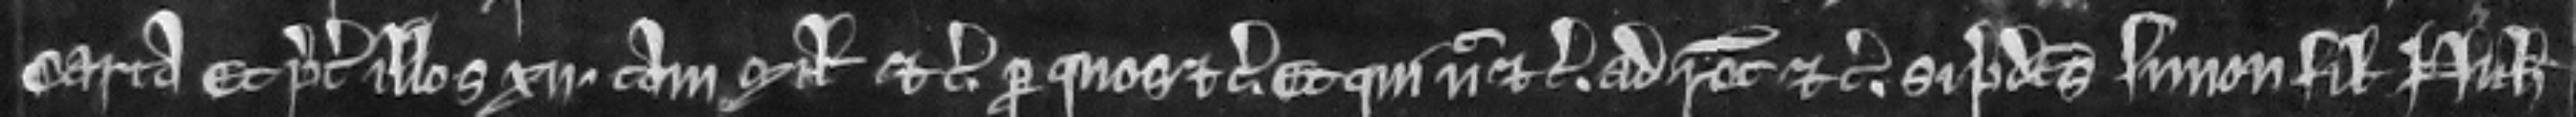
carta et preter illos xii tam milites etc. per quos etc. et qui nec etc. ad recognoscendum etc. Si predictus Simon filius Nicholai